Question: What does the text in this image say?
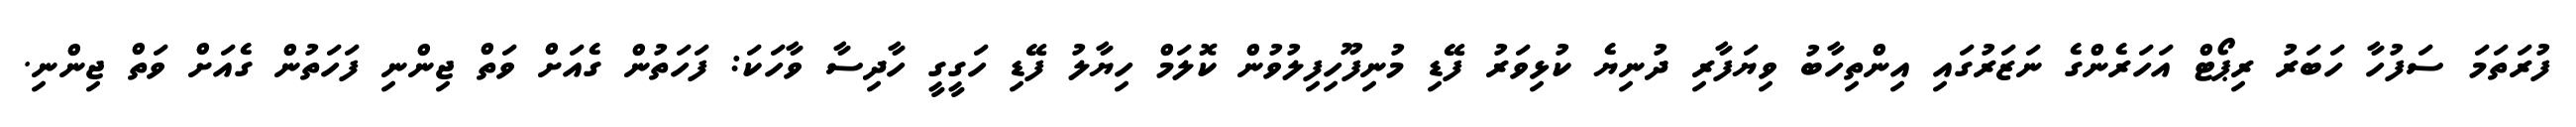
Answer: ފުރަތަމަ ސަފުހާ ހަބަރު ރިޕޯޓް އަހަރެންގެ ނަޒަރުގައި އިންތިހާބު ވިޔަފާރި ދުނިޔެ ކުޅިވަރު ފޭޑި މުނިފޫހިފިލުވުން ކޮލަމް ހިޔާލު ފޭޑި ހަގީގީ ހާދިސާ ވާހަކަ: ފަހަތުން ގެއަށް ވަތް ޖިންނި ފަހަތުން ގެއަށް ވަތް ޖިންނި.